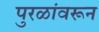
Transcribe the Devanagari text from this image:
पुरळांवरून